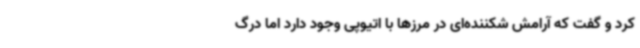
کرد و گفت که آرامش شکننده‌ای در مرزها با اتیوپی وجود دارد اما درگ